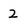
Character: 2